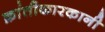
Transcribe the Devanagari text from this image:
क्रांतीकारकानी